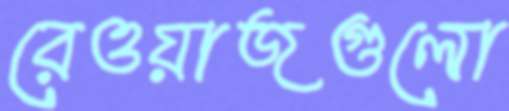
রেওয়াজগুলো